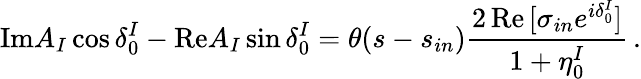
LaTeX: \mathrm{Im}A_{I}\cos\delta_{0}^{I}-\mathrm{Re}A_{I}\sin\delta_{0}^{I}=\theta(s-s_{in}){\frac{2\, \mathrm{Re}\, [\sigma_{in}e^{i\delta_{0}^{I}}]}{1+\eta_{0}^{I}}}\, .